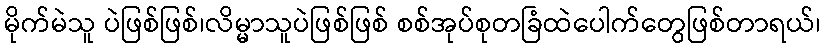
မိုက်မဲသူ ပဲဖြစ်ဖြစ်၊လိမ္မာသူပဲဖြစ်ဖြစ် စစ်အုပ်စုတခြံထဲပေါက်တွေဖြစ်တာရယ်၊